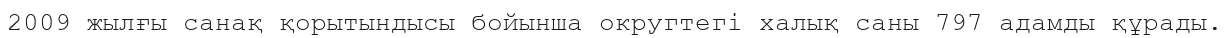
2009 жылғы санақ қорытындысы бойынша округтегі халық саны 797 адамды құрады.